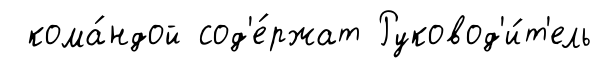
кома́ндой сод'е́ржат Руковод'и́т'ель